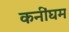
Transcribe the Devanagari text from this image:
कनींघम